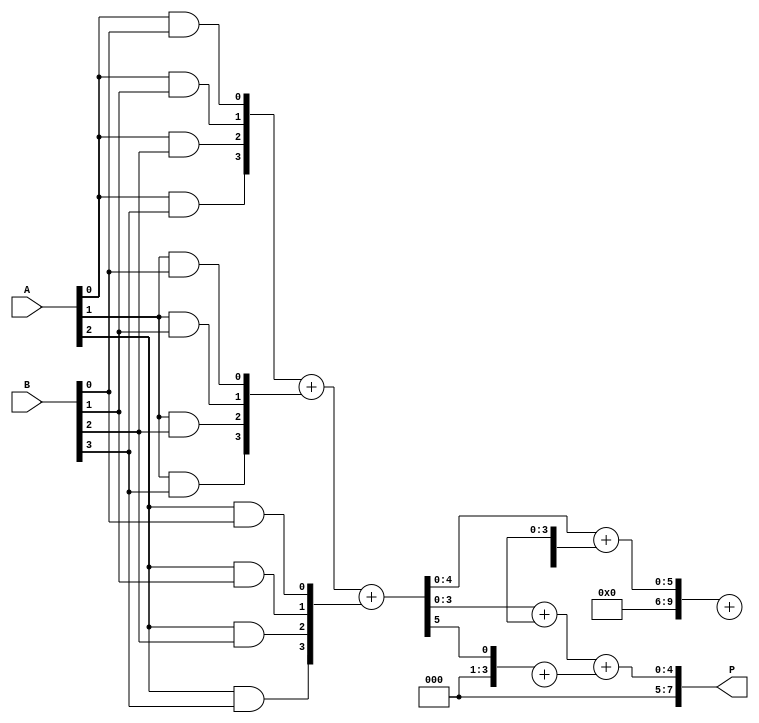
module wallace_tree_multiplier #(parameter N = 4) (
    input [N-1:0] A,
    input [N-1:0] B,
    output reg [2*N-1:0] P
);

    // Partial product generation
    wire [N-1:0] pp [N-1:0]; // Partial products
    genvar i, j;
    generate
        for (i = 0; i < N; i = i + 1) begin : pp_gen
            for (j = 0; j < N; j = j + 1) begin : pp_bit
                assign pp[i][j] = A[i] & B[j];
            end
        end
    endgenerate

    // Wallace tree reduction
    wire [N:0] sum [N-1:0]; // Sum outputs from CSA
    wire [N:0] carry [N-1:0]; // Carry outputs from CSA
    wire [N-1:0] final_sum, final_carry;

    // Stage 1: Grouping and reduction
    generate
        for (i = 0; i < N; i = i + 1) begin : stage1
            if (i % 3 == 0) begin
                assign {carry[i], sum[i]} = pp[i] + pp[i+1] + pp[i+2];
            end
        end
    endgenerate

    // Stage 2: Continue grouping
    generate
        for (i = 0; i < (N + 2) / 3; i = i + 1) begin : stage2
            if (i % 3 == 0) begin
                assign {carry[i], sum[i]} = sum[i] + sum[i+1] + sum[i+2];
            end
        end
    endgenerate

    // Final addition (Stage 3)
    assign final_sum = sum[0] + sum[1];
    assign final_carry = carry[0] + carry[1];

    // Final product output
    always @(*) begin
        P = final_sum + final_carry;
    end

endmodule